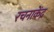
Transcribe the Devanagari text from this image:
रचनाकेंद्र